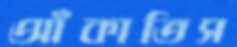
আঁকাতিস